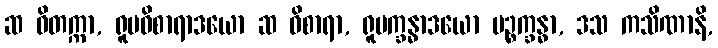
ဆ ဝိတက္ကာ, ရူပဝိစာရာဒယော ဆ ဝိစာရာ, ရူပက္ခန္ဓာဒယော ပဉ္စက္ခန္ဓာ, ဒသ ကသိဏာနိ,